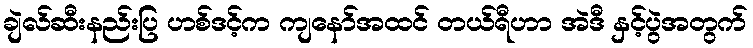
ချဲလ်ဆီးနည်းပြ ဟစ်ဒင့်က ကျနော်အထင် တယ်ရီဟာ အဲဒီ နှင့်ပွဲအတွက်